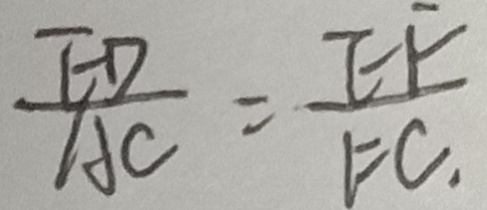
\frac { E D } { A C } = \frac { E F } { F C . }